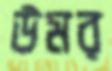
উমর